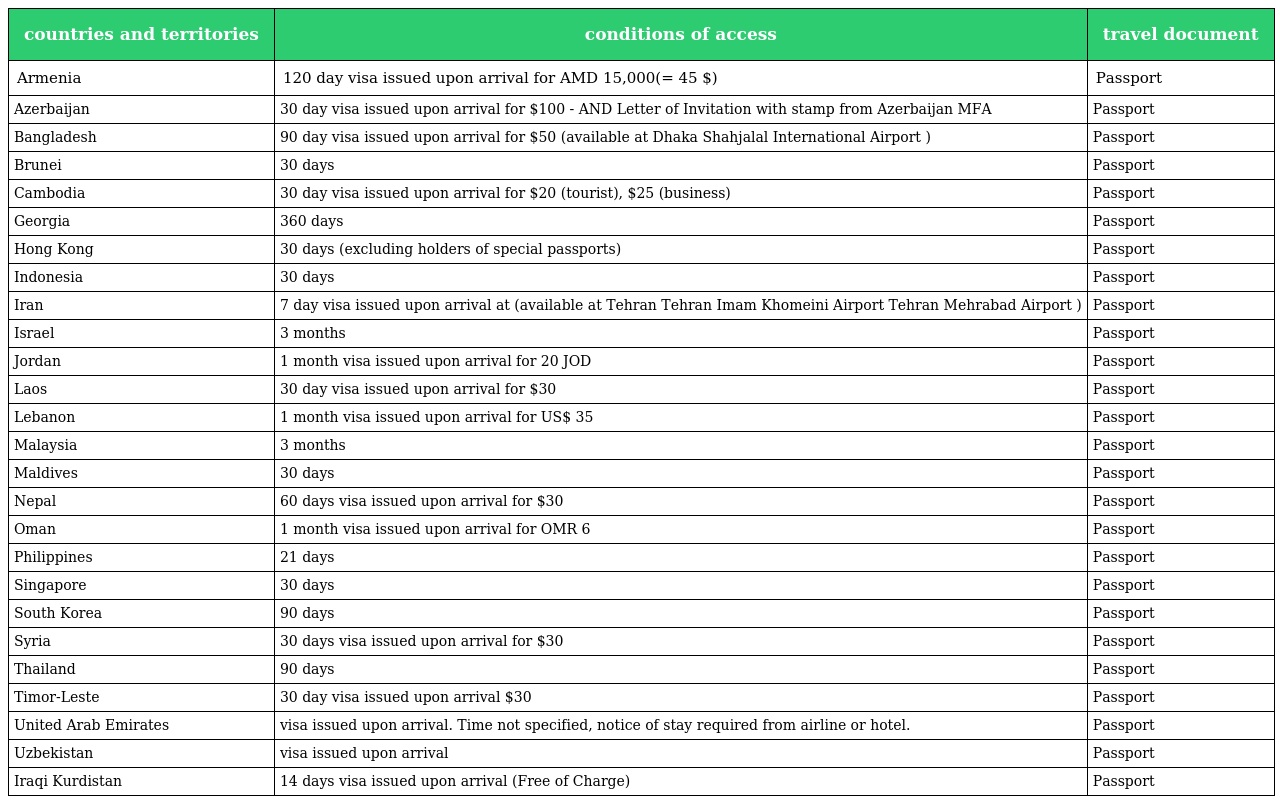
| countries and territories | conditions of access | travel document |
 | --- | --- | --- |
 | Armenia | 120 day visa issued upon arrival for AMD 15,000(= 45 $) | Passport |
 | Azerbaijan | 30 day visa issued upon arrival for $100 - AND Letter of Invitation with stamp from Azerbaijan MFA | Passport |
 | Bangladesh | 90 day visa issued upon arrival for $50 (available at Dhaka Shahjalal International Airport ) | Passport |
 | Brunei | 30 days | Passport |
 | Cambodia | 30 day visa issued upon arrival for $20 (tourist), $25 (business) | Passport |
 | Georgia | 360 days | Passport |
 | Hong Kong | 30 days (excluding holders of special passports) | Passport |
 | Indonesia | 30 days | Passport |
 | Iran | 7 day visa issued upon arrival at (available at Tehran Tehran Imam Khomeini Airport Tehran Mehrabad Airport ) | Passport |
 | Israel | 3 months | Passport |
 | Jordan | 1 month visa issued upon arrival for 20 JOD | Passport |
 | Laos | 30 day visa issued upon arrival for $30 | Passport |
 | Lebanon | 1 month visa issued upon arrival for US$ 35 | Passport |
 | Malaysia | 3 months | Passport |
 | Maldives | 30 days | Passport |
 | Nepal | 60 days visa issued upon arrival for $30 | Passport |
 | Oman | 1 month visa issued upon arrival for OMR 6 | Passport |
 | Philippines | 21 days | Passport |
 | Singapore | 30 days | Passport |
 | South Korea | 90 days | Passport |
 | Syria | 30 days visa issued upon arrival for $30 | Passport |
 | Thailand | 90 days | Passport |
 | Timor-Leste | 30 day visa issued upon arrival $30 | Passport |
 | United Arab Emirates | visa issued upon arrival. Time not specified, notice of stay required from airline or hotel. | Passport |
 | Uzbekistan | visa issued upon arrival | Passport |
 | Iraqi Kurdistan | 14 days visa issued upon arrival (Free of Charge) | Passport |